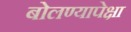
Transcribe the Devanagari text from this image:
बोलण्यापेक्षा